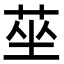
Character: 莝